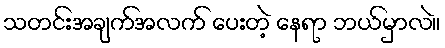
သတင်းအချက်အလက် ပေးတဲ့ နေရာ ဘယ်မှာလဲ။